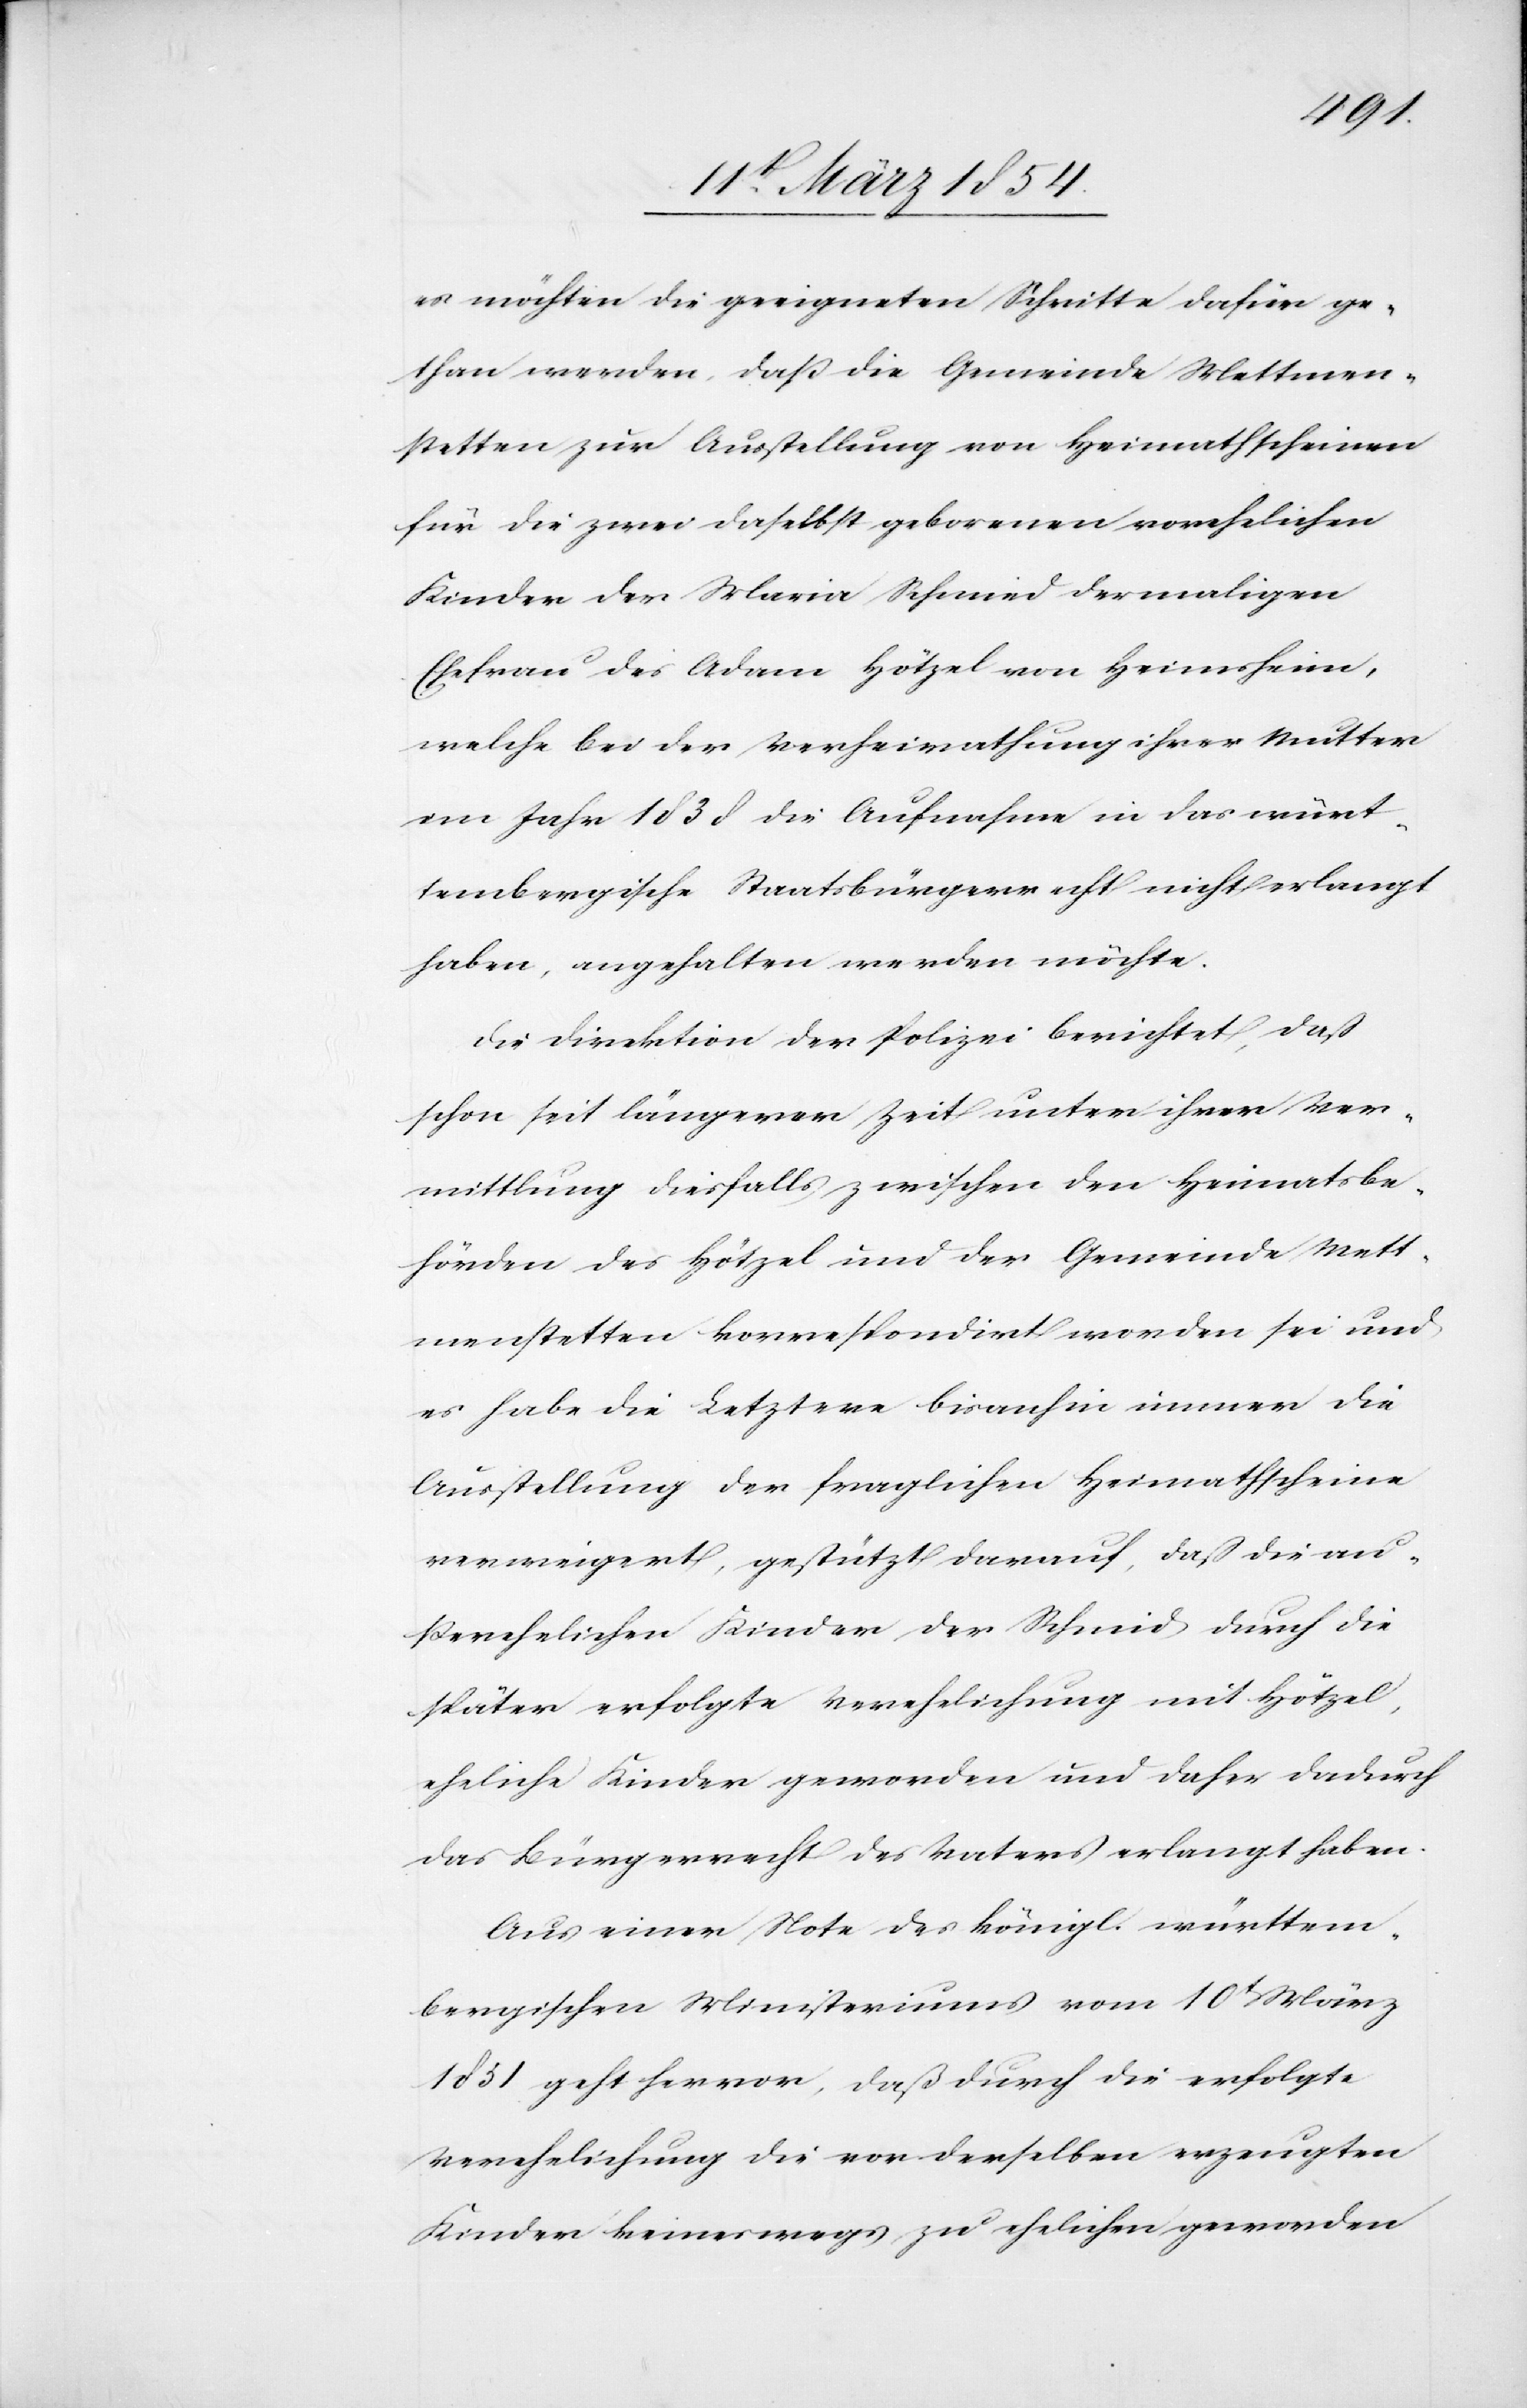
es möchten die geeigneten Schritte dafür ge¬
than werden, daß die Gemeinde Mettmen¬
stetten zur Ausstellung von Heimathscheinen
für die zwei daselbst geborenen vorehelichen
Kinder der Maria Schmied dermaligen
Ehefrau des Adam Hötzel von Heimsheim,
welche bei der Verheirathung ihrer Mutter
im Jahr 1838 die Aufnahme in das würt¬
tembergische Staatsbürgerrecht nicht erlangt
haben, angehalten werden möchte.
Die Direktion der Polizei berichtet, daß
schon seit längerer Zeit unter ihrer Ver¬
mittlung diesfalls zwischen den Heimatsbe¬
hörden des Hötzel und der Gemeinde Mett¬
menstetten korrespondirt worden sei und
es habe die Letztere bis anhin immer die
Ausstellung der fraglichen Heimathscheine
verweigert, gestützt darauf, daß die au¬
ßerehelichen Kinder der Schmied durch die
später erfolgte Verehelichung mit Hötzel,
eheliche Kinder geworden und daher dadurch
das Bürgerrecht des Vaters erlangt haben.
Aus einer Note des königl. württem¬
bergischen Ministeriums vom 10t März
1851 geht hervor, daß durch die erfolgte
Kinder keineswegs zu ehelichen geworden